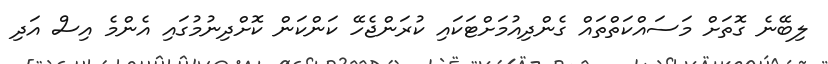
ލިބޭނެ ގޮތަށް މަސައްކަތްތައް ގެންދިއުމަށްޓަކައި ކުރަންޖެހޭ ކަންކަން ކޮށްދިނުމުގައި އެންމެ އިސް އަދި